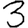
Digit: 3